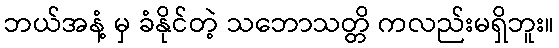
ဘယ်အနံ့ မှ ခံနိုင်တဲ့ သဘောသတ္တိ ကလည်းမရှိဘူး။